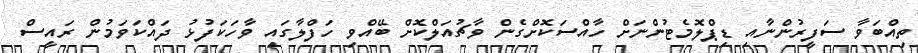
ތިއްބަވާ ސަފީރުންނާއި ޑިޕްލޮމެޓުންނަށް ހާއްސަކޮށްގެން ވާޗުއަލްކޮށް ބޭއްވި ހަފްލާގައި ވާހަކަފުޅު ދައްކަވަމުން ރައީސް